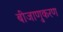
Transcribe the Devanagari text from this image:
बीजाणुकरण